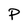
Character: P